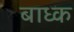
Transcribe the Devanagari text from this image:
बाध्‍क